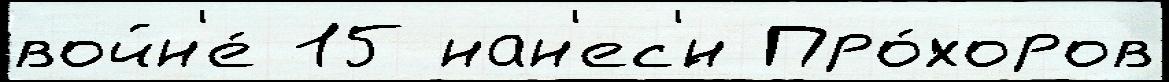
войн'е́ 15 нан'ес'́н Про́хоров